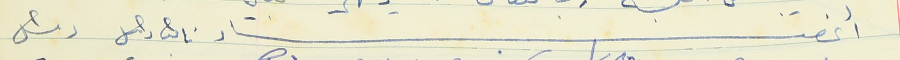
أعضاء نائب رئيس رئيس